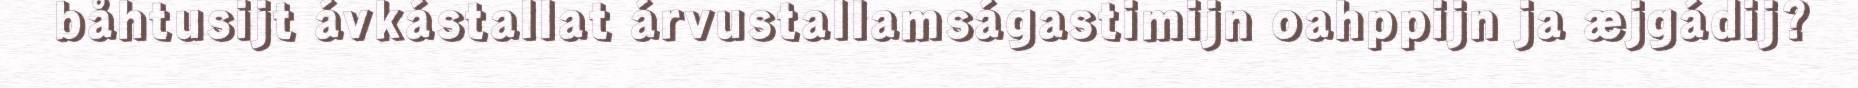
båhtusijt ávkástallat árvustallamságastimijn oahppijn ja æjgádij?